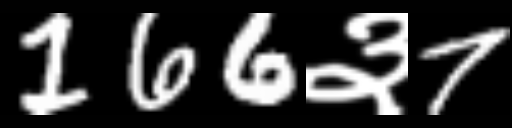
Text: 166३7